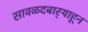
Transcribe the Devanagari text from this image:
सावळदबार्‍याहून